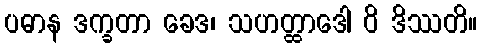
ပဓာန ဒက္ခတာ ခေဒ၊ သဟတ္ထာဒေါ ဝိ ဒိဿတိ။